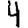
Digit: 4